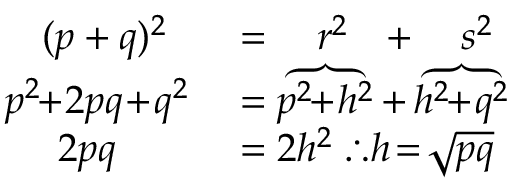
\begin{array} { r l } { ( p + q ) ^ { 2 } \; \; } & { { } = \quad r ^ { 2 } \; \; \, + \quad s ^ { 2 } } \\ { p ^ { 2 } \! \! + \! 2 p q \! + \! q ^ { 2 } } & { { } = \overbrace { p ^ { 2 } \! \! + \! h ^ { 2 } } + \overbrace { h ^ { 2 } \! \! + \! q ^ { 2 } } } \\ { 2 p q \quad \; \; \; } & { { } = 2 h ^ { 2 } \; \therefore h \! = \! { \sqrt { p q } } } \end{array}